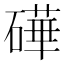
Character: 𬒢